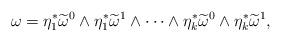
LaTeX: \begin{align*}\omega=\eta_1^{*}\widetilde\omega^0\wedge\eta_1^{*}\widetilde\omega^1\wedge\cdots\wedge\eta_k^{*}\widetilde\omega^0\wedge\eta_k^{*}\widetilde\omega^1,\end{align*}